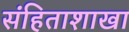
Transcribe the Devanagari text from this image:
संहिताशाखा